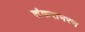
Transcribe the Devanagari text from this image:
शंकराभरण